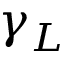
\gamma _ { L }